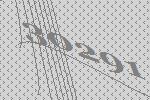
30291